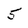
Character: 5